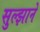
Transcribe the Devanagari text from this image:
सुल्झाने